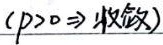
\((p>0\Rightarrow\text{收敛})\)